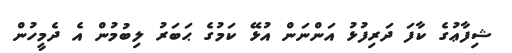
ޝިފާޢުގެ ކާފަ ދަރިފުޅު އަންނަން އުޅޭ ކަމުގެ ޙަބަރު ލިބުމުން އެ ދެމީހުން